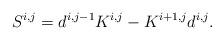
LaTeX: \begin{align*}S^{i, j}=d^{i, j-1}K^{i, j}-K^{i+1, j}d^{i, j}.\end{align*}